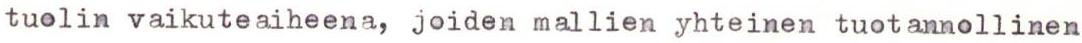
tuolin vaikuteaiheena, joiden mallien yhteinen tuotannollinen